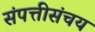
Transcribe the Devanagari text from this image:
संपत्तीसंचय